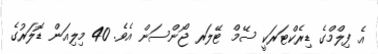
އެ ފިލްމްގެ ޑިރެކްޓަރަކީ ސޭމް ޓޭލަރ ޖޯންސަން އެވެ. 40 މިލިއަން ޑޮލަރުގެ